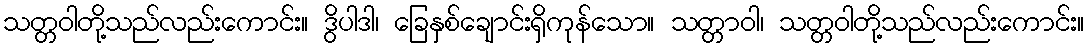
သတ္တဝါတို့သည်လည်းကောင်း။ ဒွိပါဒါ၊ ခြေနှစ်ချောင်းရှိကုန်သော။ သတ္တာဝါ၊ သတ္တဝါတို့သည်လည်းကောင်း။